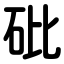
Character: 砒